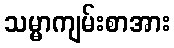
သမ္မာကျမ်းစာအား